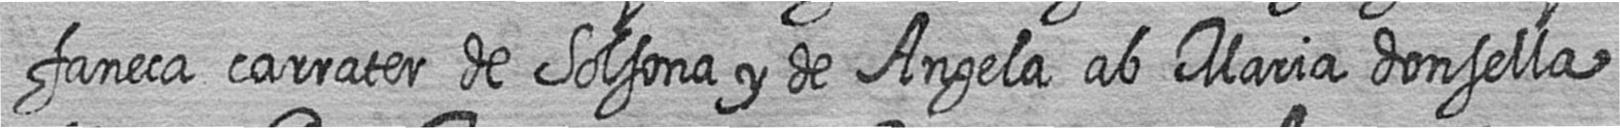
faneca carrater de Solsona y de Angela ab Maria donsella